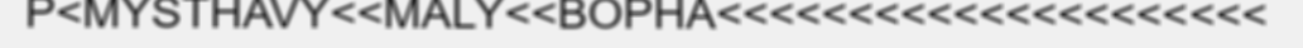
P<MYSTHAVY<<MALY<<BOPHA<<<<<<<<<<<<<<<<<<<<<